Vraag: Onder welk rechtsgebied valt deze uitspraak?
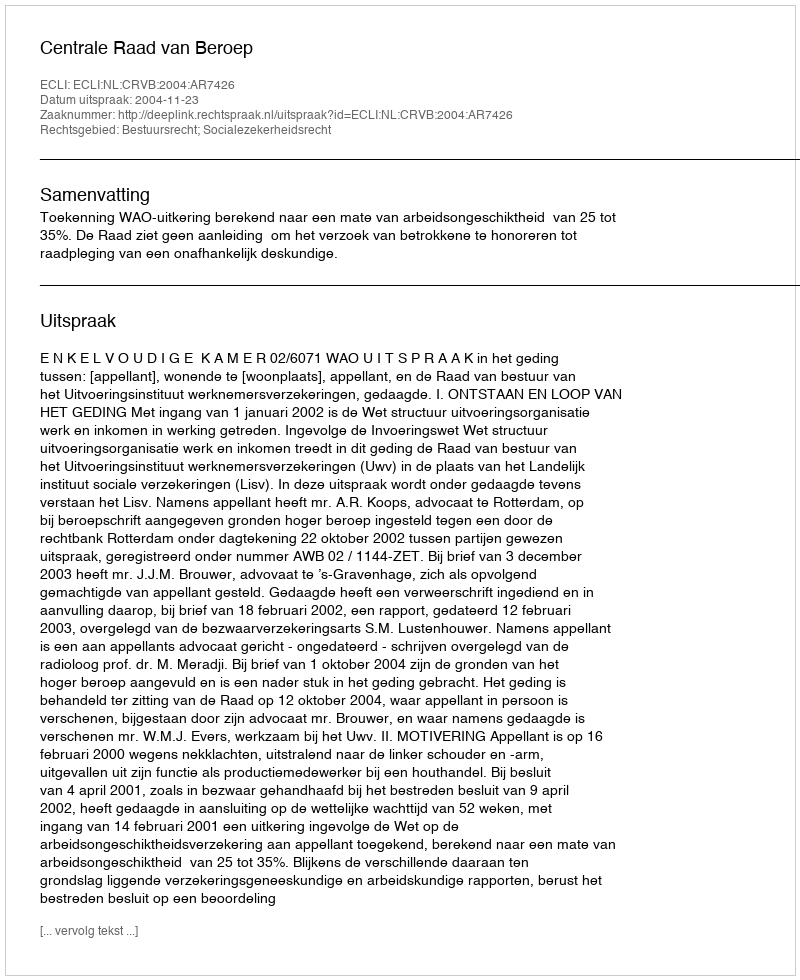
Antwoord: Bestuursrecht; Socialezekerheidsrecht